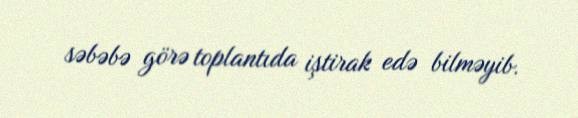
səbəbə görə toplantıda iştirak edə bilməyib.